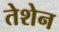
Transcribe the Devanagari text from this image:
तेशेन